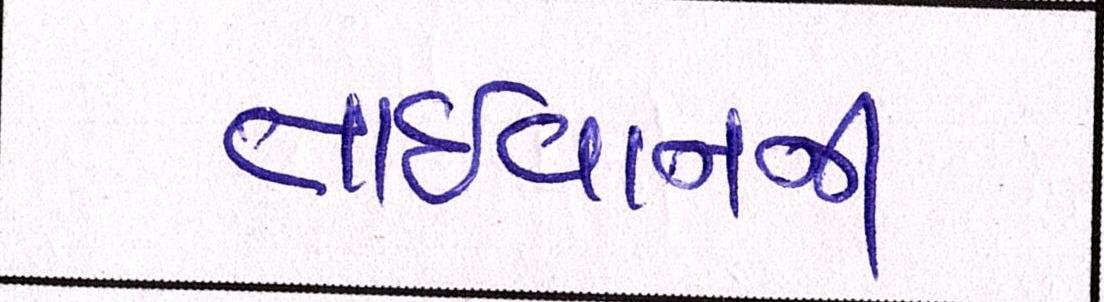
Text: તાઈવાનની